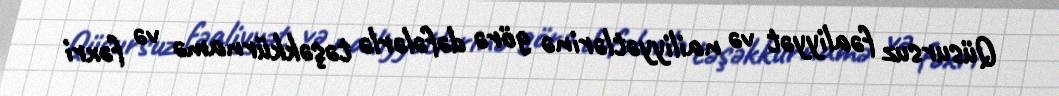
Qüsursuz fəaliyyət və nailiyyətlərinə görə dəfələrlə təşəkkürnamə və fəxri